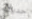
حديثه